Cholera in India, 1862 to 1881
Year: 1862
Disease focus: Cholera
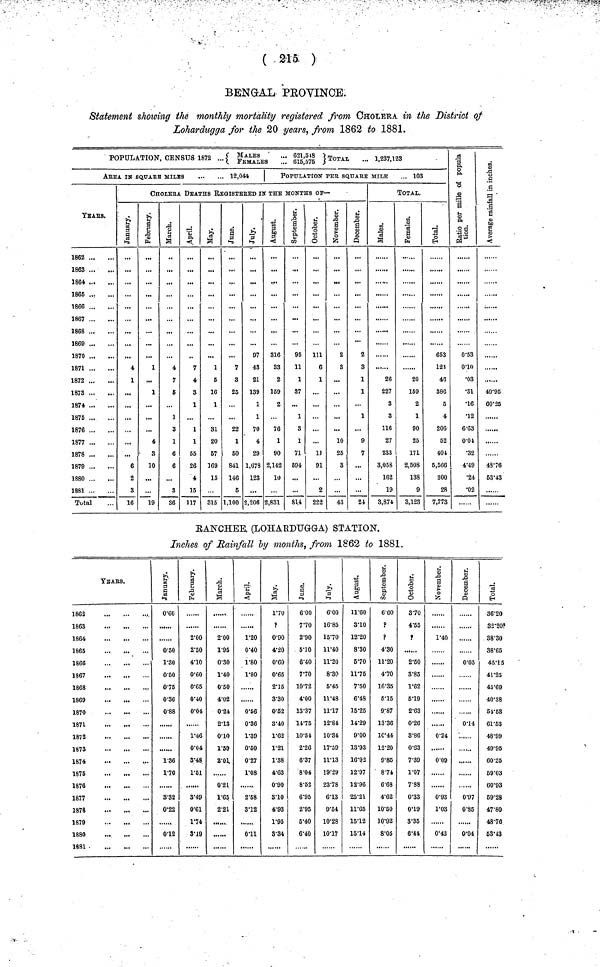
( 215 )
BENGAL PROVINCE.
Statement showing the monthly mortality registered from CHOLERA in the District of
Lohardugga for the 20 years, from 1862 to 1881.
POPULATION, CENSUS 1872 . . . {MALES ... 621,518. FEMALES ... 615,575} TOTAL ... 1,237,123
AREA IN BQUARE MILES
12,044
YEARS.
1862
1863
1864
1865 ...
1866
1867
1868
1869
1870
1871
1872
1873
1874
1875
1876
1877
1878
1879
1880
1881
Total
|
POPULATION PEE SQUARE MILE
... 103
CHOLERA DEATHS REGISTERED IN THE MONTHS OF—
January.
4
1
...
...
...
6
2
3
16
February.
1
...
1
4
3
10
...
...
19
March.
4
7
5
1
3
1
6
6
...
3
36
April.
7
4
3
1
...
1
1
55
26
4
15
117
May.
1
5
16
1
31
20
57
169
15
315
June.
7
3
25
...
22
1
50
841
146
5
1,100
July
97
43
21
139
1
1
70
4
29
1,078
123
...
2,206
316
33
2
159
2
76
1
90
2,142
10
2,831
September.
95
11
1
37
1
3
1
71
594
81.4
October.
111
6
1
1]
91
2
222
November.
2
3
10
25
3
43
December.
...
2
8
1
1
1
...
9
7
...
24
TOTAL.
Males.
26
227
3
3
116
27
233
3,058
162
19
3,874
Females.
20
159
2
1
90
25
171
2,508
138
9
3,123
Total.
653
123
46
386
5
4
206
52
401
5,566
800
28
7,773
Ratio per mille of population.
0.53
•03
•31
•16
•12
6.63
0.04
•32
4.49
•24
•02
Average rainfall in inches.
49.95
60.25
......
43.76
5343
RANCHEE, (LOHARDUGGA) STATION.
Inches of Rainfall by months, from 1862 to 1881.
YEARS.
1862
1863
1864
1865
1866
1867
1863
1869
1870
1871
1872
1873
1874
1875
1876
1877
1878
1879
1880
1681
January.
0.60
0.50
1.30
0.50
0.75
0.36
0.88
1.86
1.70
3.32
0.22
0.12
February.
2.00
2.50
4.10
0.60
0.65
0.40
0.04
1.46
0.04
3.48
1.51
3.49
0.61
1.74
3.19
March.
2.00
1.95
0.30
1.40
0.50
4.02
0.24
2.13
0.10
1.59
2.01
0.21
1.65
2.21
April.
1.20
0.40
1.80
1.80
0.56
0.36
1.39
0.50
0.27
1.08
2.58
3.12
0.11
May.
1.70
?
0.90
4.20
0.60
0.65
2.15
3.30
0.52
3.40
1.62
1.21
1.38
4.63
0.90
3.10
4.93
1.95
3.34
June.
6.00
7.70
2.90
5.10
6.40
770
10.72
4.00
13.37
1475
10.54
2.26
6.37
8.04
8.52
6.95
2.95
5.40
6.40
July.
6.00
16.85
15.70
11.40
11.20
8.30
5.45
11.48
11.17
12.84
10.84
17.59
11.13
19.29
23.78
6.13
9.54
10.28
10.17
August.
11.60
3.10
12.20
8.30
5.70
11.75
7.50
6.48
15.25
14.29
9.00
13.93
16.92
12.97
12.96
25.21
11.65
15.12
15.14
September.
6.60
?
P
4.30
11.20
4.70
16.33
5.15
9.87
13.36
10.44
12.20
9.85
8.74
6.68
4.62
10.50
10.92
8.06
October.
3.70
4.55
p
2.50
3.85
1.62
5.19
2.63
0.26
3.86
0.63
7.39
1.07
7.88
0.33
0.19
3.35
6.41
November.
1.40
0.24
0.09
0.93
1.03
0.43
December.
0.05
0.14
0.97
0.85
0.04
Total.
36.20
32.20?
38.30
38.65
45:15
41.25
45.69
40.38
54.53
61.53
48.99
49.95
60.25
59.03
60.93
59.28
47.80
48.76
53.43